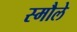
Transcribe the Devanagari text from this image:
स्मौले